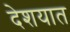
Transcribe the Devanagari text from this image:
देशयात